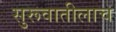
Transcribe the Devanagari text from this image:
सुरूवातीलाच